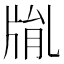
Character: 𤗅